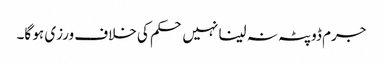
جرم ڈوپٹہ نہ لینا نہیں حکم کی خلاف ورزی ہو گا۔